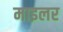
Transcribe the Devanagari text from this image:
माइलर